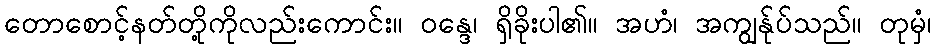
တောစောင့်နတ်တို့ကိုလည်းကောင်း။ ဝန္ဒေ၊ ရှိခိုးပါ၏။ အဟံ၊ အကျွန်ုပ်သည်။ တုမှံ၊